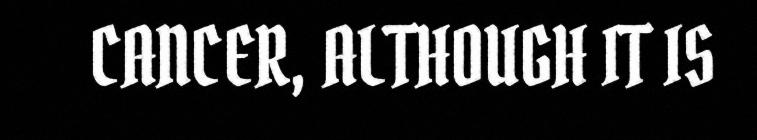
CANCER, ALTHOUGH IT IS